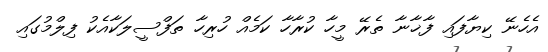
އެހެނޭ ކިޔާފައި ފާޚާނާ ތެރޭ މީހާ ކުރާހާ ކަމެއް ހުރިހާ ތަފްސީލަކާއެކު ފިލްމުގައި